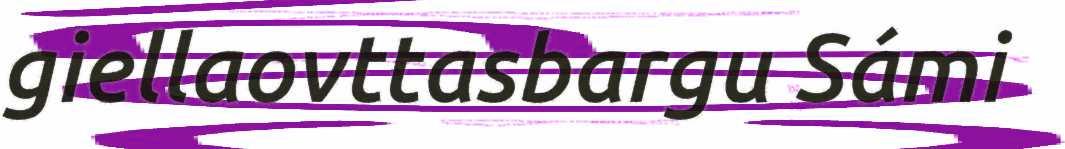
giellaovttasbargu Sámi